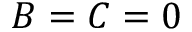
B = C = 0